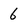
Character: 6